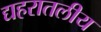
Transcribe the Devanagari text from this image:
द्यहरातलीय